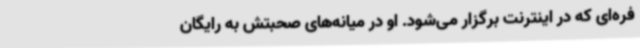
فره‌ای که در اینترنت برگزار می‌شود. او در میانه‌های صحبتش به رایگان